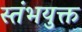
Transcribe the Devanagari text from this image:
स्तंभयुक्त